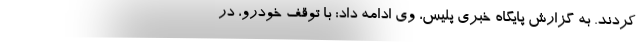
کردند. به گزارش پایگاه خبری پلیس، وی ادامه داد: با توقف خودرو، در